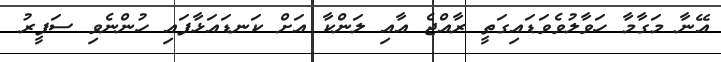
އޭނާ މަގާމާ ހަވާލުވެވަޑައިގަތީ ރާއްޖެ އާއި ލަންކާ އަށް ކަނޑައަޅާފައި ހުންނެވި ސަފީރު